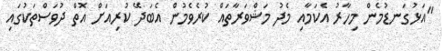
"އަޅުގަނޑުމެން މިހާރު އެކަމާއި މެދު މަޝްވަރާތައް ކުރެވެމުން އެބަދޭ ކުރިއަށް އޮތް ދުވަސްތަކުގައި